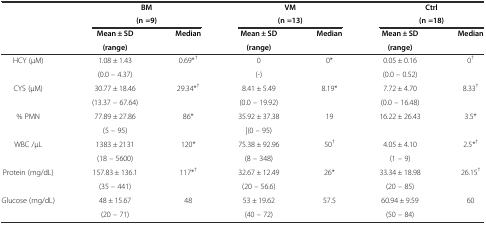
| <ROWSPAN=2>  | <COLSPAN=2> BM | <COLSPAN=2> VM | <COLSPAN=2> Ctrl |
 | <COLSPAN=2> (n =9) | <COLSPAN=2> (n =13) | <COLSPAN=2> (n =18) |
 | <ROWSPAN=2>  | Mean ± SD | <ROWSPAN=2> Median | Mean ± SD | <ROWSPAN=2> Median | Mean ± SD | <ROWSPAN=2> Median |
 | (range) | (range) | (range) |
 | --- | --- | --- | --- | --- | --- | --- |
 | <ROWSPAN=2> HCY (μM) | 1.08 ± 1.43 | <ROWSPAN=2> 0.69*† | 0 | <ROWSPAN=2> 0* | 0.05 ± 0.16 | <ROWSPAN=2> 0† |
 | (0.0 – 4.37) | (-) | (0.0 – 0.52) |
 | <ROWSPAN=2> CYS (μM) | 30.77 ± 18.46 | <ROWSPAN=2> 29.34*† | 8.41 ± 5.49 | <ROWSPAN=2> 8.19* | 7.72 ± 4.70 | <ROWSPAN=2> 8.33† |
 | (13.37 – 67.64) | (0.0 – 19.92) | (0.0 – 16.48) |
 | <ROWSPAN=2> % PMN | 77.89 ± 27.86 | <ROWSPAN=2> 86* | 35.92 ± 37.38 | <ROWSPAN=2> 19 | 16.22 ± 26.43 | <ROWSPAN=2> 3.5* |
 | (5 – 95) | |(0 – 95) |  |
 | <ROWSPAN=2> WBC /μL | 1383 ± 2131 | <ROWSPAN=2> 120* | 75.38 ± 92.96 | <ROWSPAN=2> 50† | 4.05 ± 4.10 | <ROWSPAN=2> 2.5*† |
 | (18 – 5600) | (8 – 348) | (1 – 9) |
 | <ROWSPAN=2> Protein (mg/dL) | 157.83 ± 136.1 | <ROWSPAN=2> 117*† | 32.67 ± 12.49 | <ROWSPAN=2> 26* | 33.34 ± 18.98 | <ROWSPAN=2> 26.15† |
 | (35 – 441) | (20 – 56.6) | (20 – 85) |
 | <ROWSPAN=2> Glucose (mg/dL) | 48 ± 15.67 | <ROWSPAN=2> 48 | 53 ± 19.62 | <ROWSPAN=2> 57.5 | 60.94 ± 9.59 | <ROWSPAN=2> 60 |
 | (20 – 71) | (40 – 72) | (50 – 84) |